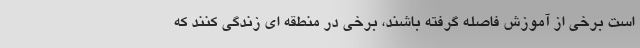
است برخی از آموزش فاصله گرفته باشند، برخی در منطقه ای زندگی کنند که